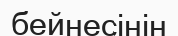
бейнесінін